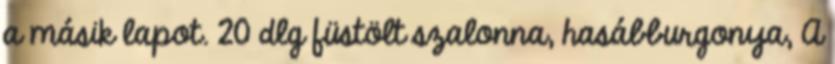
a másik lapot. 20 dlg füstölt szalonna, hasábburgonya, A